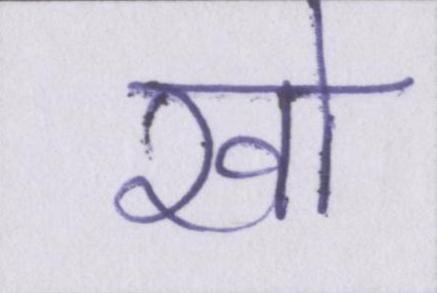
खो